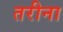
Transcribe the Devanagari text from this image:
तरीना